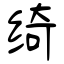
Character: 绮